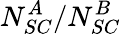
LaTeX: N_{SC}^{A}/N_{SC}^{B}